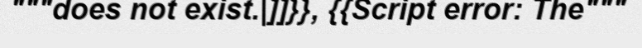
"""does not exist.|]]}}, {{Script error: The"""